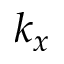
k _ { x }